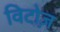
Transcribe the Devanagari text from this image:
विटोज़